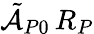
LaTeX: \tilde{\mathcal{A}}_{P0}\, R_{P}